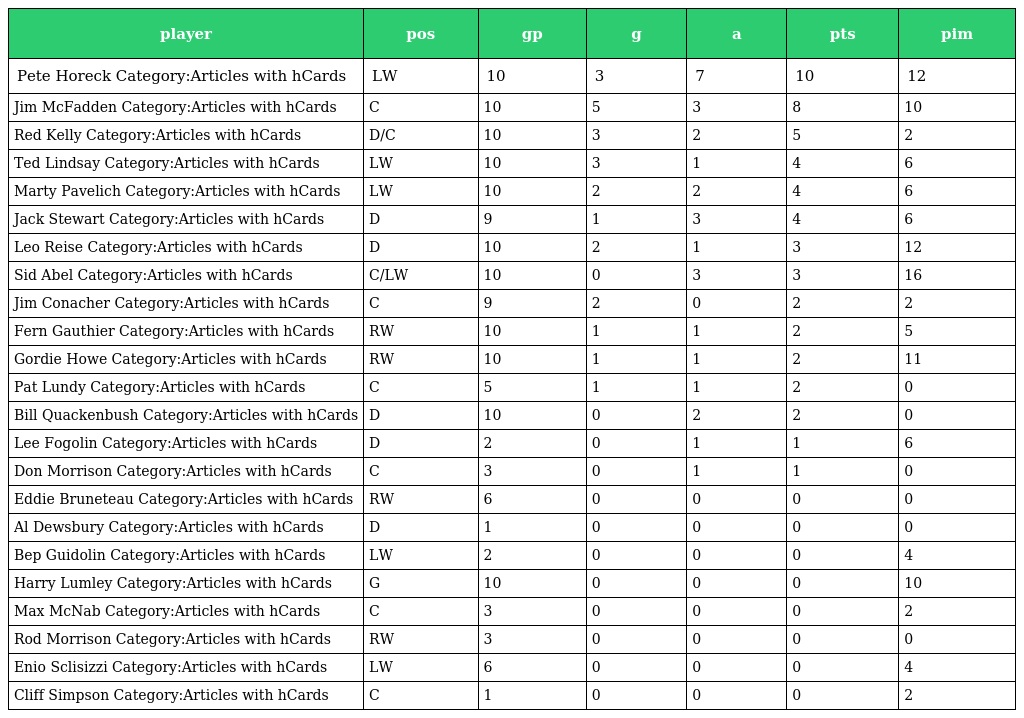
| player | pos | gp | g | a | pts | pim |
 | --- | --- | --- | --- | --- | --- | --- |
 | Pete Horeck Category:Articles with hCards | LW | 10 | 3 | 7 | 10 | 12 |
 | Jim McFadden Category:Articles with hCards | C | 10 | 5 | 3 | 8 | 10 |
 | Red Kelly Category:Articles with hCards | D/C | 10 | 3 | 2 | 5 | 2 |
 | Ted Lindsay Category:Articles with hCards | LW | 10 | 3 | 1 | 4 | 6 |
 | Marty Pavelich Category:Articles with hCards | LW | 10 | 2 | 2 | 4 | 6 |
 | Jack Stewart Category:Articles with hCards | D | 9 | 1 | 3 | 4 | 6 |
 | Leo Reise Category:Articles with hCards | D | 10 | 2 | 1 | 3 | 12 |
 | Sid Abel Category:Articles with hCards | C/LW | 10 | 0 | 3 | 3 | 16 |
 | Jim Conacher Category:Articles with hCards | C | 9 | 2 | 0 | 2 | 2 |
 | Fern Gauthier Category:Articles with hCards | RW | 10 | 1 | 1 | 2 | 5 |
 | Gordie Howe Category:Articles with hCards | RW | 10 | 1 | 1 | 2 | 11 |
 | Pat Lundy Category:Articles with hCards | C | 5 | 1 | 1 | 2 | 0 |
 | Bill Quackenbush Category:Articles with hCards | D | 10 | 0 | 2 | 2 | 0 |
 | Lee Fogolin Category:Articles with hCards | D | 2 | 0 | 1 | 1 | 6 |
 | Don Morrison Category:Articles with hCards | C | 3 | 0 | 1 | 1 | 0 |
 | Eddie Bruneteau Category:Articles with hCards | RW | 6 | 0 | 0 | 0 | 0 |
 | Al Dewsbury Category:Articles with hCards | D | 1 | 0 | 0 | 0 | 0 |
 | Bep Guidolin Category:Articles with hCards | LW | 2 | 0 | 0 | 0 | 4 |
 | Harry Lumley Category:Articles with hCards | G | 10 | 0 | 0 | 0 | 10 |
 | Max McNab Category:Articles with hCards | C | 3 | 0 | 0 | 0 | 2 |
 | Rod Morrison Category:Articles with hCards | RW | 3 | 0 | 0 | 0 | 0 |
 | Enio Sclisizzi Category:Articles with hCards | LW | 6 | 0 | 0 | 0 | 4 |
 | Cliff Simpson Category:Articles with hCards | C | 1 | 0 | 0 | 0 | 2 |